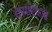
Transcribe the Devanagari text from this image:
कपाऐवजी